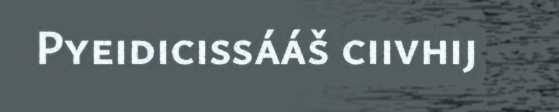
Pyeidicissááš ciivhij